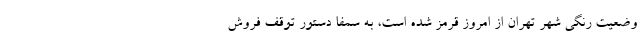
وضعیت رنگی شهر تهران از امروز قرمز شده است، به سمفا دستور توقف فروش